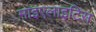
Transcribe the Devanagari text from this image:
माइएलाइटिस